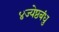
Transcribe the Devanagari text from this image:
४ज्येष्ठबंधु